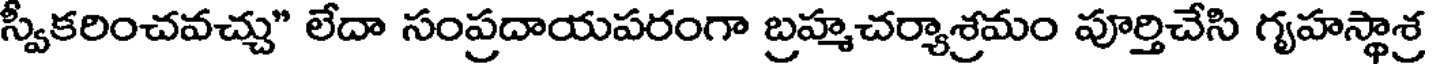
స్వీకరించవచ్చు" లేదా సంప్రదాయపరంగా బ్రహ్మచర్యాశ్రమం పూర్తిచేసి గృహస్థాశ్ర